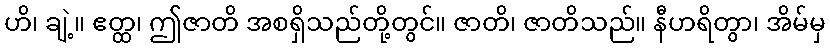
ဟိ၊ ချဲ့။ ဧတ္ထ၊ ဤဇာတိ အစရှိသည်တို့တွင်။ ဇာတိ၊ ဇာတိသည်။ နီဟရိတွာ၊ အိမ်မှ